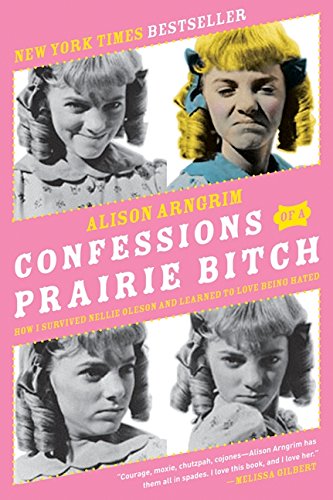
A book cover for Confessions of a Prairie Bitch: How I Survived Nellie Oleson and Learned to Love Being Hated; Alison Arngrim; Biographies & Memoirs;